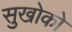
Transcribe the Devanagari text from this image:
सुखोको